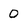
Character: 0